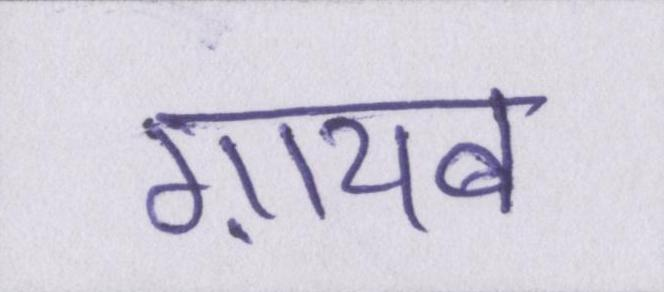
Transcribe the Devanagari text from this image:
ग़ायब